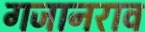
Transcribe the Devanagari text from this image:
गजानराव